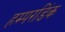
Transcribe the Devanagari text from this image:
हम्परडिंक